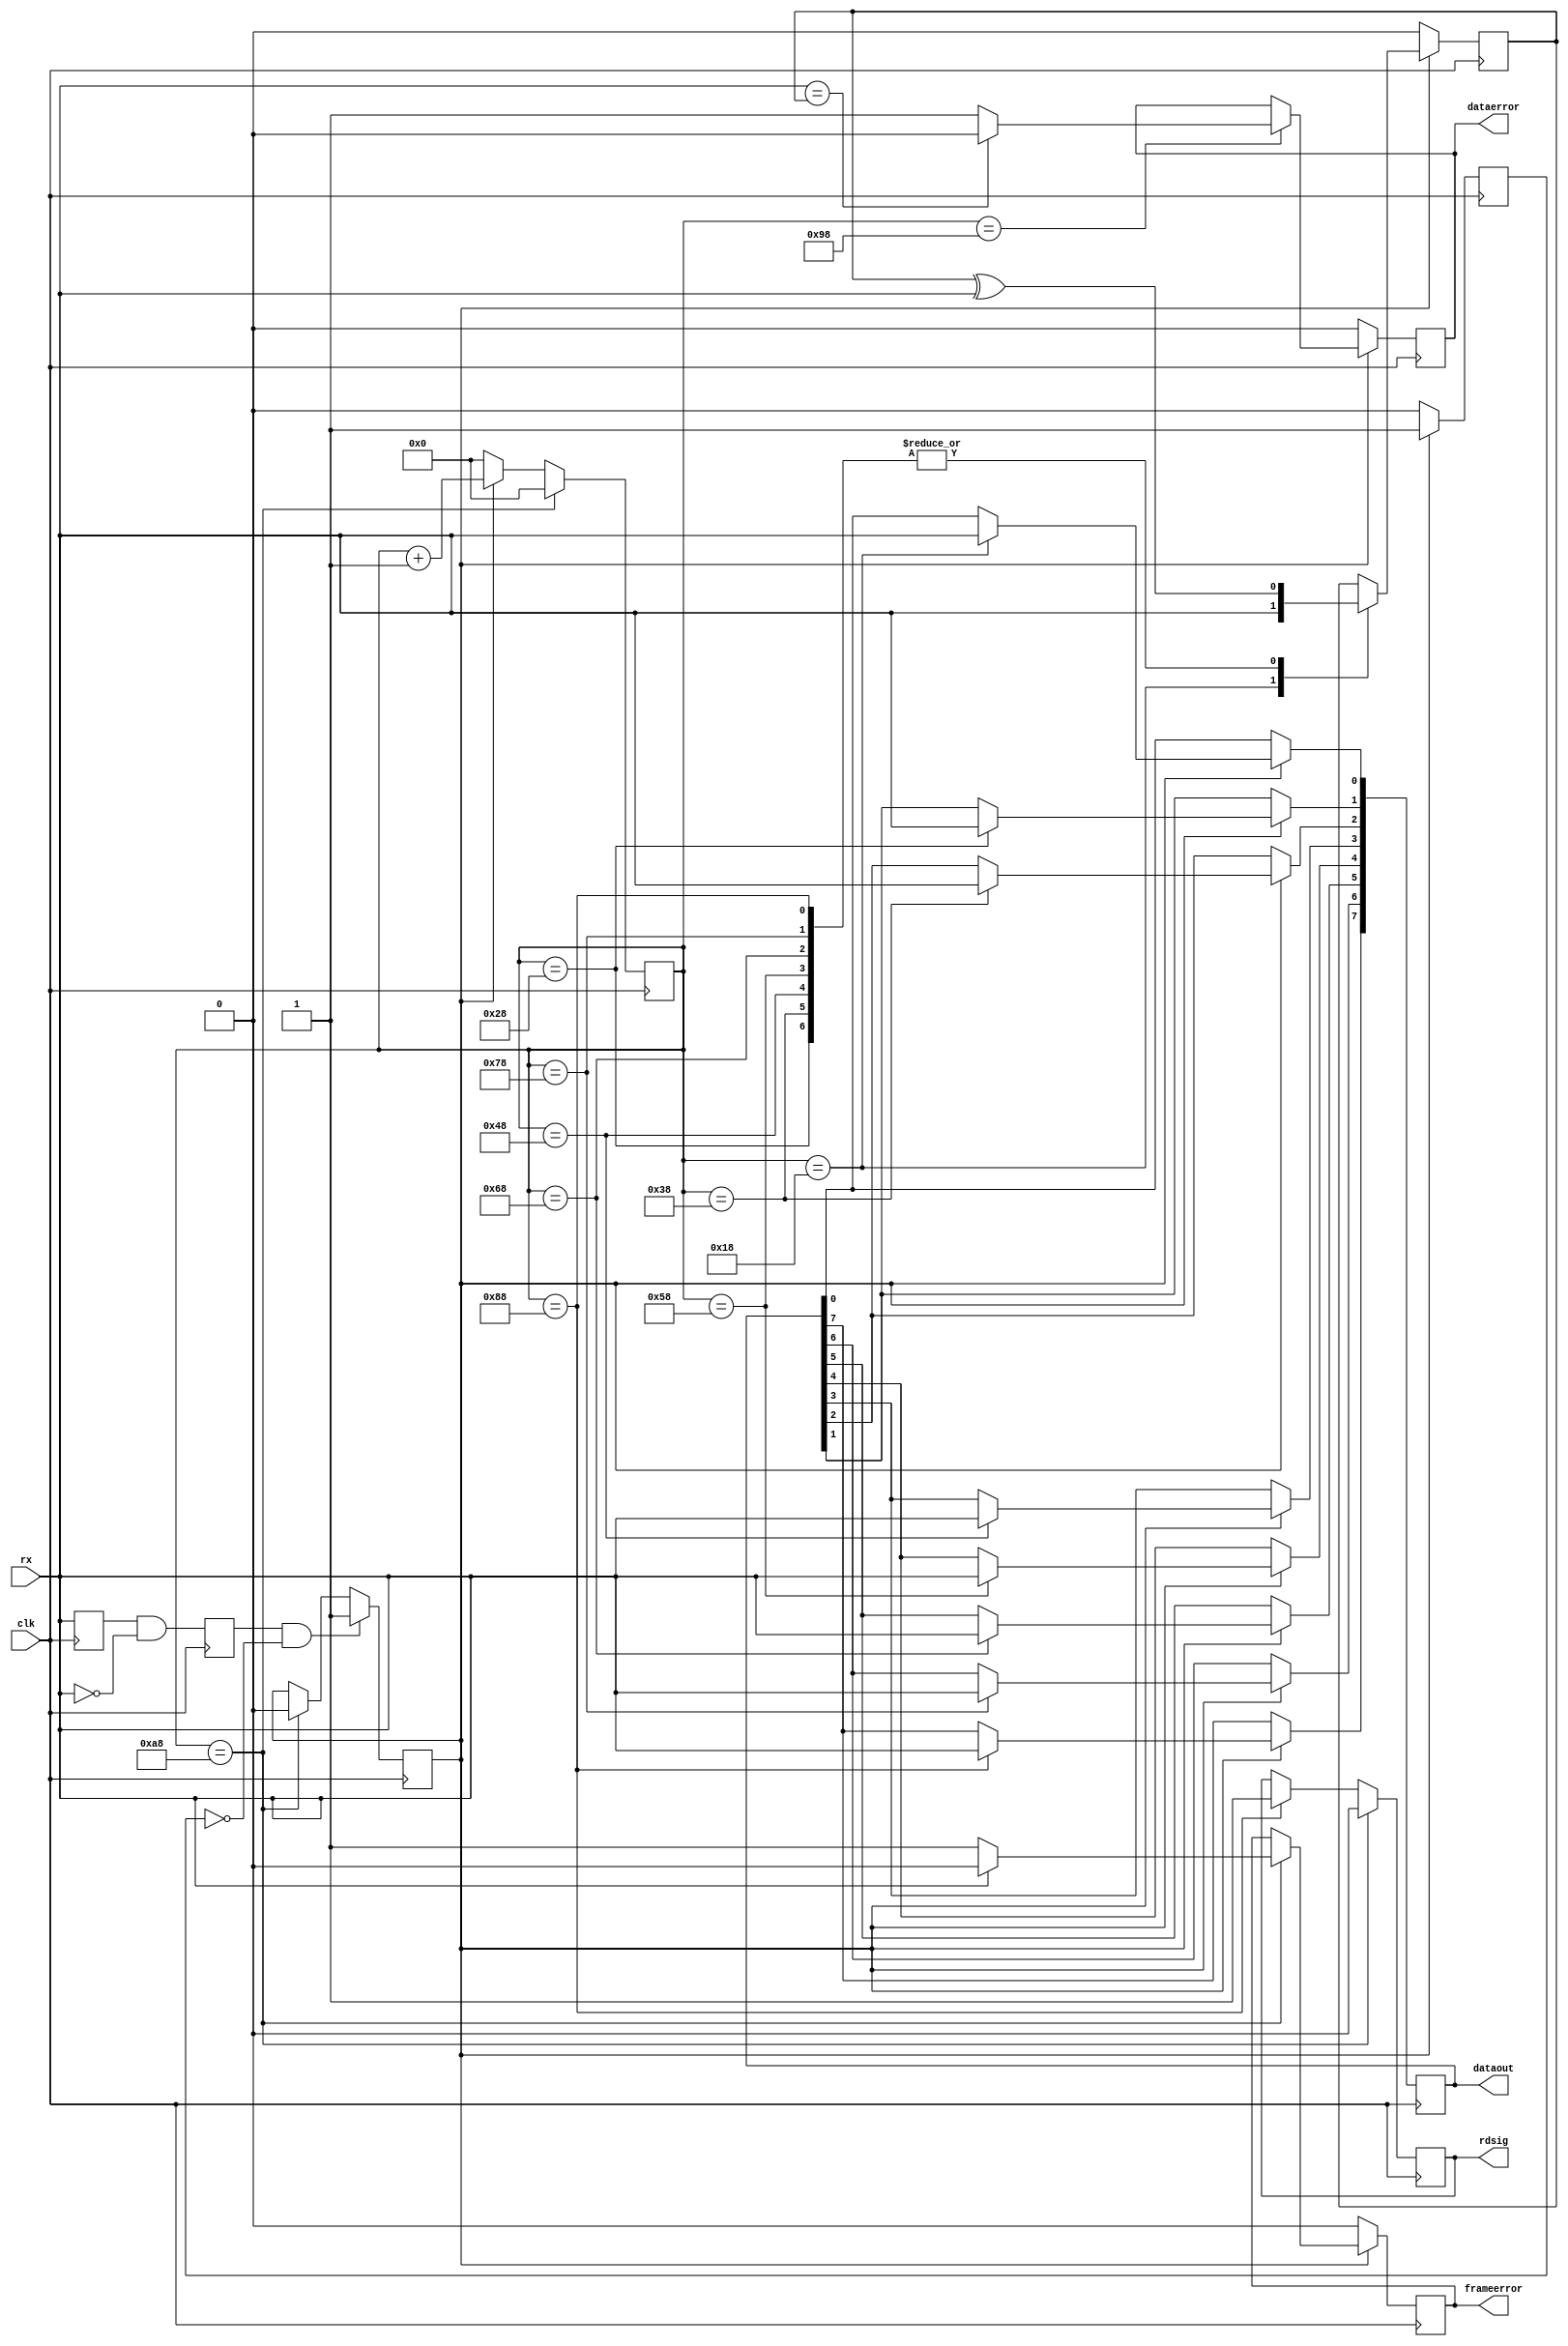
`timescale 1ns / 1ps
//////////////////////////////////////////////////////////////////////////////////
// Company: 
// Engineer: 
// 
// Design Name: 
// Module Name: uart_rx
// Project Name: 
// Target Devices: 
// Tool Versions: 
// Description: 
// 
// Dependencies: 
// 
// Revision:
// Revision 0.01 - File Created
// Additional Comments:
// 
//////////////////////////////////////////////////////////////////////////////////


module uart_rx(
    input clk,
    input rx,
    output reg [7:0] dataout,
    output reg rdsig,
    output reg frameerror,
    output reg dataerror
    );

reg rx_r, fall, receive;
reg idle, check;
reg [7:0] cnt;
wire check_b = 1'b0;

always @ (posedge clk) begin
    fall <= rx_r & (~rx);
    rx_r <= rx;
end

always @ (posedge clk) begin
    if(fall && ~idle) begin
        receive <= 1'b1;
    end
    else if(cnt == 8'd168) begin
        receive <= 1'b0;
    end
end

always @ (posedge clk) begin
    if(receive) begin
        idle <= 1'b1;
    end
    else begin
        idle <= 1'b0;
    end
end

always @ (posedge clk) begin
    if(cnt == 8'd168) begin
        cnt <= 8'd0;
    end
    else if(receive) begin
        cnt <= cnt + 1'b1;
    end
    else begin
        cnt <= 8'd0;
    end
end

always @ (posedge clk) begin
    if(receive) begin
        case(cnt)
            8'd24: begin
                dataout[0] <= rx;
                check <= check_b ^ rx;
            end
            8'd40: begin
                dataout[1] <= rx;
                check <= check ^ rx;
            end
            8'd56: begin
                dataout[2] <= rx;
                check <= check ^ rx;
            end
            8'd72: begin
                dataout[3] <= rx;
                check <= check ^ rx;
            end
            8'd88: begin
                dataout[4] <= rx;
                check <= check ^ rx;
            end
            8'd104: begin
                dataout[5] <= rx;
                check <= check ^ rx;
            end
            8'd120: begin
                dataout[6] <= rx;
                check <= check ^ rx;
            end
            8'd136: begin
                dataout[7] <= rx;
                check <= check ^ rx;
            end
            8'd152: begin
                if(rx == check) begin
                    dataerror <= 1'b0;
                end
                else begin
                    dataerror <= 1'b1;
                end
            end
            8'd168: begin
                if(rx == 1'b1) begin
                    frameerror <= 1'b0;
                end
                else begin
                    frameerror <= 1'b1;
                end
            end
        endcase
    end
    else begin
        dataerror <= 1'b0;
        frameerror <= 1'b0;
        check <= 1'b0;
    end
end

always @ (posedge clk) begin
    if(cnt == 8'd168) begin
        rdsig <= 1'b0;
    end
    else if(cnt == 8'd136) begin
        rdsig <= 1'b1;
    end
end

endmodule